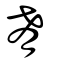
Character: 餚